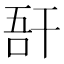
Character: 𢆖